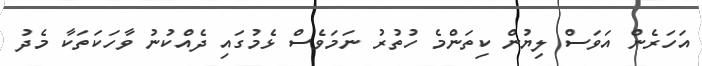
އަހަރެން އަވަސް ލިޔުން ކިތަންމެ ހުތުރު ނަމަވެސް ޅެމުގައި ދެއްކުނު ވާހަކަތަކާ މެދު